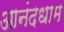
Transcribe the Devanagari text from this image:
आनंदधाम